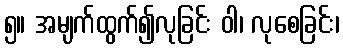
၅။ အမျက်ထွက်၍လုခြင်း ဝါ၊ လုစေခြင်း၊